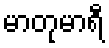
မာတုမာရီ